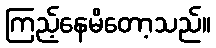
ကြည့်နေမိတော့သည်။